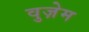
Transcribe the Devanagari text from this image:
वुज़ेम